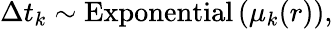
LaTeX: \Delta t_{k}\sim\mathrm{Exponential}\left(\mu_{k}(r)\right),